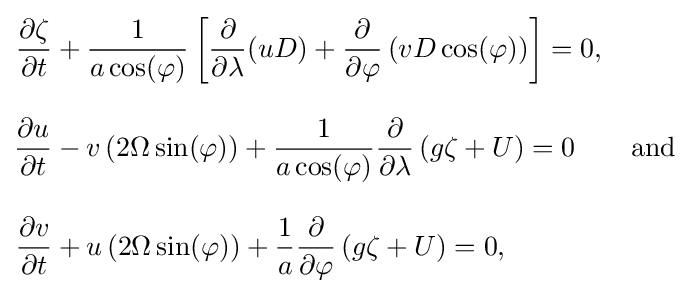
{\begin{aligned}{\frac {\partial \zeta }{\partial t}}&+{\frac {1}{a\cos(\varphi )}}\left[{\frac {\partial }{\partial \lambda }}(uD)+{\frac {\partial }{\partial \varphi }}\left(vD\cos(\varphi )\right)\right]=0,\\[2ex]{\frac {\partial u}{\partial t}}&-v\left(2\Omega \sin(\varphi )\right)+{\frac {1}{a\cos(\varphi )}}{\frac {\partial }{\partial \lambda }}\left(g\zeta +U\right)=0\qquad {\text{and}}\\[2ex]{\frac {\partial v}{\partial t}}&+u\left(2\Omega \sin(\varphi )\right)+{\frac {1}{a}}{\frac {\partial }{\partial \varphi }}\left(g\zeta +U\right)=0,\end{aligned}}